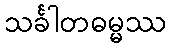
သင်္ခါတဓမ္မဿ